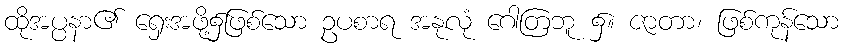
ထိုအပ္ပနာ၏ ရှေးအဖို့၌ဖြစ်သော ဥပစာရ အနုလုံ ဂေါတြဘူ ၌။ ဇာတာ၊ ဖြစ်ကုန်သော